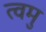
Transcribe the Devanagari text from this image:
त्वमु